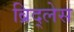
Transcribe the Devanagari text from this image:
ब्रिद्लेस